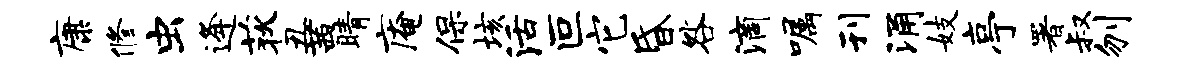
康修虫逄荻丑茜睛庵保垓活叵它昏咎滴嘱刊涌妓亭署叔刎